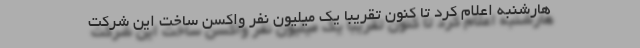
هارشنبه اعلام کرد تا کنون تقریباً یک میلیون نفر واکسن ساخت این شرکت